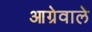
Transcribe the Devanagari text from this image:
आग्रेवाले